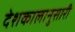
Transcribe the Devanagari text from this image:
देशकालानुसारी